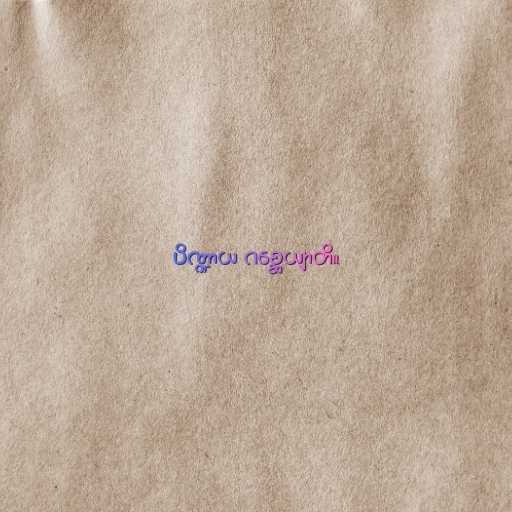
ပိဏ္ဍာယ ဂစ္ဆေယျာတိ။